Report on sanitation, dispensaries, and jails in Rajputana for 1910, and on vaccination for the year 1910-1911 - 1910-1911
Year: 1910
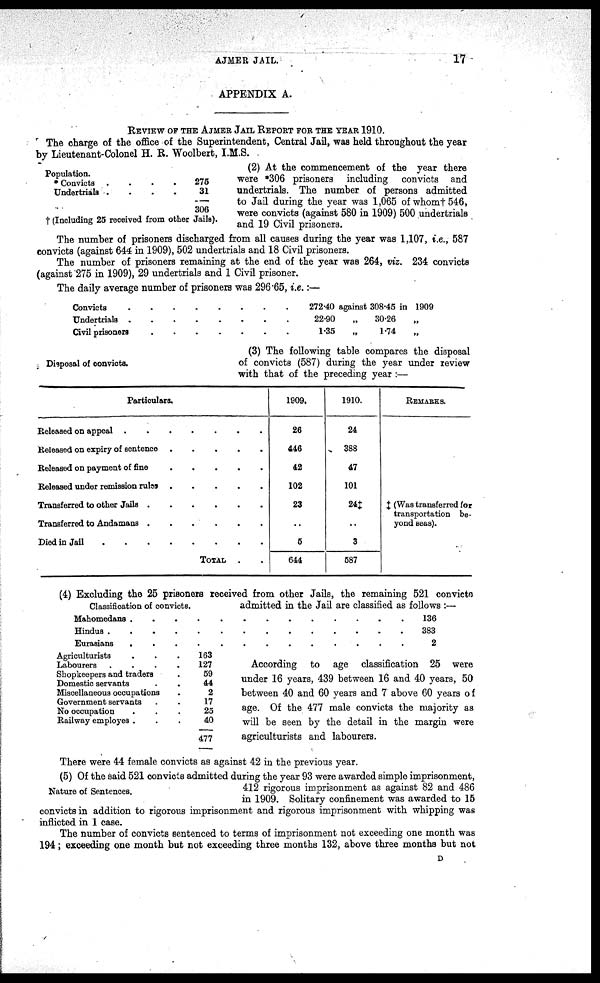
AJMER JAIL.
17
APPENDIX A.
REVIEW OF THE AJMER JAIL REPORT FOR THE YEAR 1910.
The charge of the office of the Superintendent, Central Jail, was held throughout the year
by Lieutenant-Colonel H. R. Woolbert, I.M.S.
Population.
Convicts .
.
.
.
Undertriala .
.
.
.
275
31
306
† (Including 25 received from other Jails).
(2) At the commencement of the year there
were *306 prisoners including convicts and
undertrials. The number of persons admitted
to Jail during the year was 1,065 of whom†546,
were convicts (against 580 in 1909) 500 undertrials
and 19 Civil prisoners.
The number of prisoners discharged from all causes during the year was 1,107, i.e., 587
convicts (against 644 in 1909), 502 undertrials and 18 Civil prisoners.
The number of prisoners remaining at the end of the year was 264, viz. 234 convicts
(against 275 in 1909), 29 undertrials and 1 Civil prisoner.
The daily average number of prisoners was 296.65, i.e.:—
Convicts . . . . . . . .
Undertrials . . . . . . . .
Civil prisoners . . . . . . .
272.40 against 308.45 in 1909
22.90
1.35
„
„
30.26
1.74
„
„
Disposal of convicts.
(3) The following table compares the disposal
of convicts (587) during the year under review
with that of the preceding year :—
Particulars.
Released on appeal
.
.
.
.
.
.
Released on expiry of sentence .
.
.
.
.
Released on payment of fine .
.
.
.
.
Released under remission rules .
.
.
.
.
Transferred to other Jails .
.
.
.
.
.
Transferred to Andamans .
.
.
.
.
.
Died in Jail
.
.
.
.
.
.
.
.
TOTAL . .
1909.
26
446
42
102
23
..
5
644
1910.
24
388
47
101
24‡
..
3
587
REMARKS.
‡ (Was transferred for
transportation be-
yond seas).
Classification of convicts.
(4) Excluding the 25 prisoners received from other Jails, the remaining 521 convicts
admitted in the Jail are classified as follows :—
Mahomedans . . . . . . . . . . . . .
Hindus . . . . . . . . . . . . .
Eurasians . . . . . . . . . . . . .
136
383
2
Agriculturists . . .
Labourers .
.
.
.
Shopkeepers and traders .
Domestic servants . .
Miscellaneous occupations .
Government servants . .
No occupation . . .
Railway employes . . .
163
127
59
44
2
17
25
40
477
According to age classification 25 were
under 16 years, 439 between 16 and 40 years, 50
between 40 and 60 years and 7 above 60 years of
age. Of the 477 male convicts the majority as
will be seen by the detail in the margin were
agriculturists and labourers.
There were 44 female convicts as against 42 in the previous year.
Nature of Sentences.
(5) Of the said 521 convicts admitted during the year 93 were awarded simple imprisonment,
412 rigorous imprisonment as against 82 and 486
in 1909. Solitary confinement was awarded to 15
convicts in addition to rigorous imprisonment and rigorous imprisonment with whipping was
inflicted in 1 case.
The number of convicts sentenced to terms of imprisonment not exceeding one month was
194; exceeding one month but not exceeding three months 132, above three months but not
D